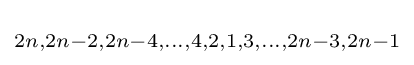
\scriptstyle 2n,2n-2,2n-4,\dots ,4,2,1,3,\dots ,2n-3,2n-1